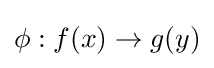
\phi :f(x)\to g(y)